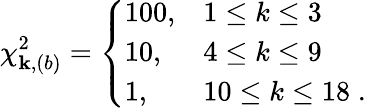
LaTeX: \chi_{\mathbf{k},(b)}^{2}=\left\{ \begin{array}{lll}{{100,}}&{{1\leq k\leq 3}}\\ {{10,}}&{{4\leq k\leq 9}}\\ {{1,}}&{{10\leq k\leq 18\; .}}\end{array}\right.